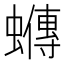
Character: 𧓆